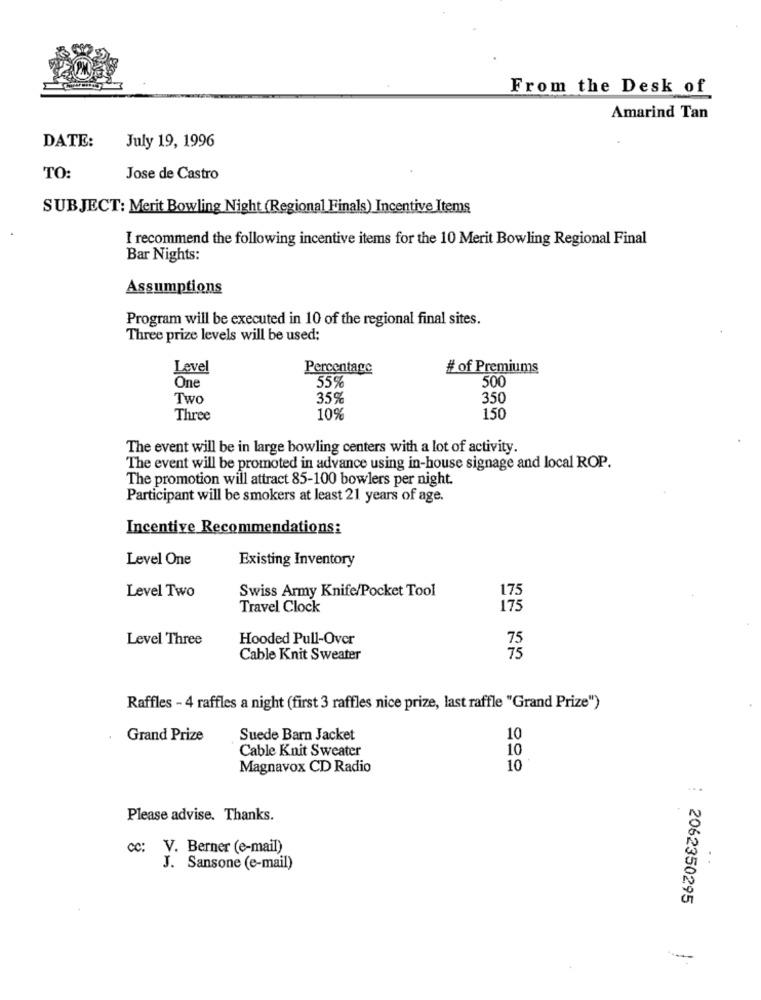
From the Desk of
Amarind Tan
DATE:
July 19, 1996
TO:
Jose de Castro
SUBJECT: Merit Bowling Night (Regional Finals) Incentive Items
I recommend the following incentive items for the 10 Merit Bowling Regional Final
Bar Nights:
Assumptions
Program will be executed in 10 of the regional final sites.
Three prize levels will be used:
Level
Percentage
# of Premiums
One
55%
500
Two
35%
350
Three
10%
150
The event will be in large bowling centers with a lot of activity.
The event will be promoted in advance using in-house signage and local ROP.
The promotion will attract 85-100 bowlers per night.
Participant will be smokers at least 21 years of age.
Incentive Recommendations:
Level One
Existing Inventory
Swiss Army Knife/Pocket Tool
Level Two
175
Travel Clock
175
Level Three
Hooded Pull-Over
75
Cable Knit Sweater
75
Raffles - 4 raffles a night (first 3 raffles nice prize, last raffle "Grand Prize")
Grand Prize
Suede Barn Jacket
10
Cable Knit Sweater
10
Magnavox CD Radio
10
Please advise. Thanks.
cc: V. Berner (e-mail)
J. Sansone (e-mail)
2062350295
-